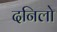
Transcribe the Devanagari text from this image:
दनिलो